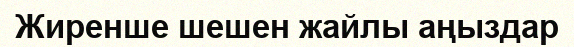
Жиренше шешен жайлы аңыздар